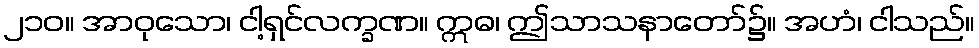
၂၁၀။ အာဝုသော၊ ငါ့ရှင်လက္ခဏ။ ဣဓ၊ ဤသာသနာတော်၌။ အဟံ၊ ငါသည်။